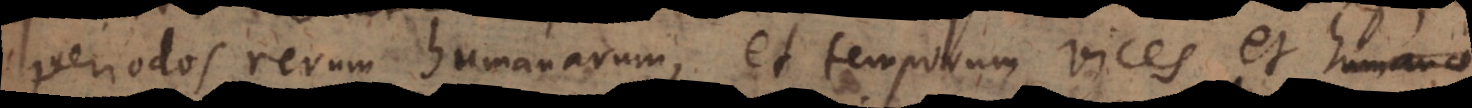
periodos rerum humanarum, et temporum vices et humanae